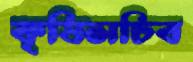
কৃষিসচিব